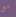
مع